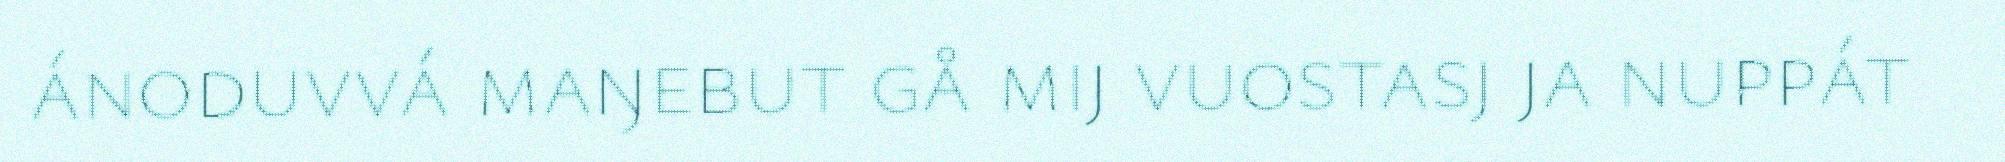
ánoduvvá maŋebut gå mij vuostasj ja nuppát